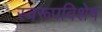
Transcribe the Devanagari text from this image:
स्वरूपविशेष